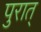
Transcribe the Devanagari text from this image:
पुरात्